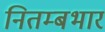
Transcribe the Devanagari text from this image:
नितम्बभार